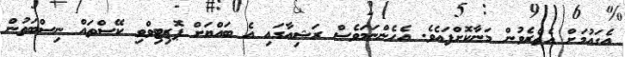
އެގައުމަށް އެތެރެވުން މަނާކޮށްފައެވެ. އެހެންނަމަވެސް ރަޝިއާގައި އެ ބައްޔަށް ޕޮޒިޓިވްވި ކޭސްތައް ނިސްބަތުން